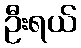
ဦးရယ်